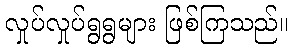
လှုပ်လှုပ်ရွရွများ ဖြစ်ကြသည်။